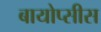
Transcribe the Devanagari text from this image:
बायोप्सीस